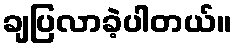
ချပြလာခဲ့ပါတယ်။